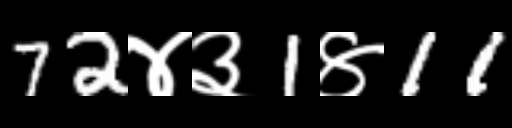
Text: 72४३1४11